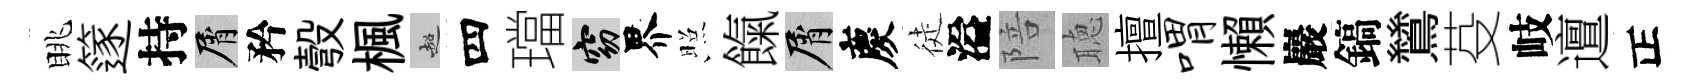
眺篴持屑矜彀楓超四璫窈界照餼屑慶徒溢陪聴擅喟懶巖鎬鷥芟岐邅正